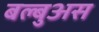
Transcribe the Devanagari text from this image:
बल्बुअस